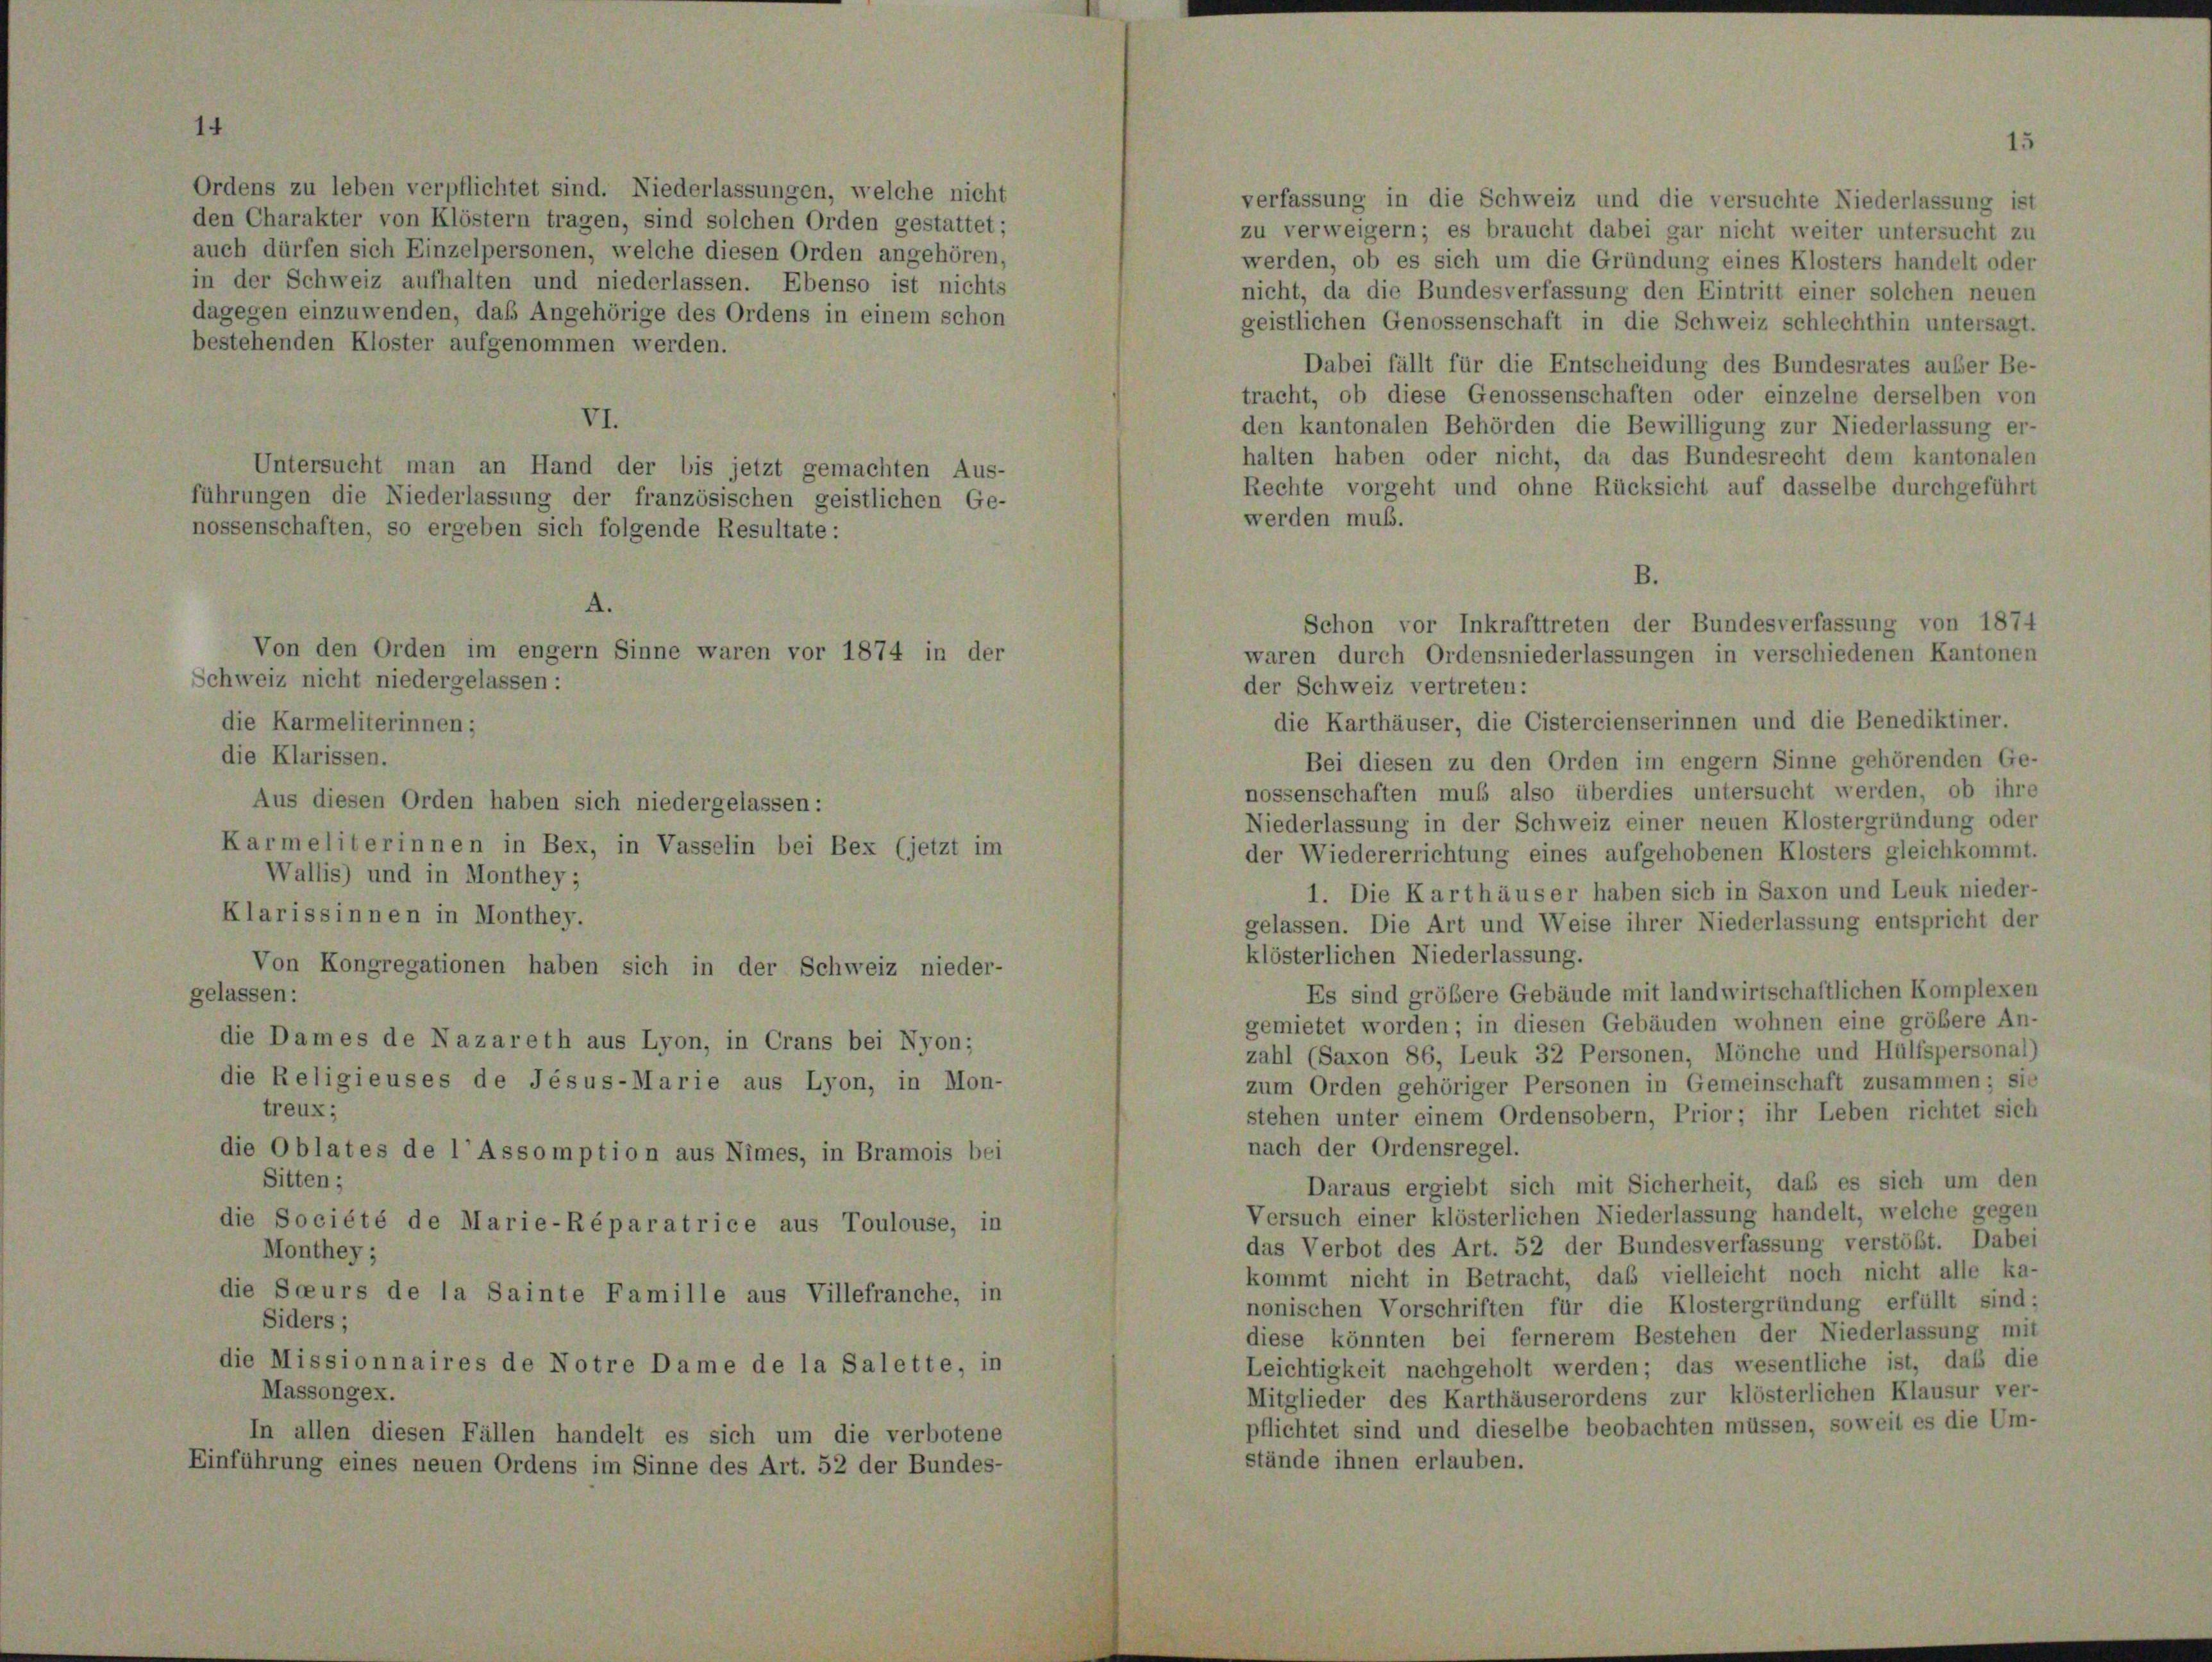
Schweiz nicht niedergelassen:

Ordens zu leben verpflichtet sind. Niederlassungen, welche nicht
verfassung in die Schweiz und die versuchte Niederlassung ist
den Charakter von Klöstern tragen, sind solchen Orden gestattet;
zu verweigern; es braucht dabei gar nicht weiter untersucht zu
auch dürfen sich Einzelpersonen, welche diesen Orden angehören,
werden, ob es sich um die Gründung eines Klosters handelt ode
in der Schweiz aufhalten und niederlassen. Ebenso ist nichts
nicht, da die Bundesverfassung den Eintritt einer solchen neuer
dagegen einzuwenden, daß Angehörige des Ordens in einem schon
geistlichen Genossenschaft in die Schweiz schlechthin untersagt
bestehenden Kloster aufgenommen werden.
Dabei fällt für die Entscheidung des Bundesrates außer Be
tracht, ob diese Genossenschaften oder einzelne derselben vor
VI.
den kantonalen Behörden die Bewilligung zur Niederlassung er
halten haben oder nicht, da das Bundesrecht dem kantonaler
Untersucht man an Hand der bis jetzt gemachten Aus-
Rechte vorgeht und ohne Rücksicht auf dasselbe durchgeführ
führungen die Niederlassung der französischen geistlichen Ge-
werden muß.
nossenschaften, so ergeben sich folgende Resultate:
der Schweiz vertreten:
die Karmeliterinnen;
die Karthäuser, die Cistercienserinnen und die Benediktiner.
die Klarissen.
Bei diesen zu den Orden im engem Sinne gehörenden Ge-
nossenschaften muß also überdies untersucht werden, ob ihr
Aus diesen Orden haben sich niedergelassen:
Niederlassung in der Schweiz einer neuen Klostergründung ode
Karmeliterinnen in Bex, in Vasselin bei Bex (jetzt im
der Wiedererrichtung eines aufgehobenen Klosters gleichkommt
Wallis) und in Monthey;
1. Die Karthäuser haben sich in Saxon und Leuk nieder
Klarissinnen in Monthey.
gelassen. Die Art und Weise ihrer Niederlassung entspricht de
klösterlichen Niederlassung.
Von Kongregationen haben sich in der Schweiz nieder-
Es sind größere Gebäude mit landwirtschaftlichen Komplexe
gelassen:
gemietet worden; in diesen Gebäuden wohnen eine größere An
die Dames de Nazareth aus Lyon, in Crans bei Nyon;
zahl (Saxon 86, Leuk 32 Personen, Mönche und Hülfspersonal
die Religieuses de Jesus-Marie aus Lyon, in Mon-
zum Orden gehöriger Personen in Gemeinschaft zusammen; si
treux;
stehen unter einem Ordensobern, Prior; ihr Leben richtet sich
nach der Ordensregel.
die Oblates de l’Assomption aus Nimes, in Bramois bei
Sitten;
Daraus ergiebt sich mit Sicherheit, daß es sich um der
Versuch einer klösterlichen Niederlassung handelt, welche gege
die Société de Marie-Réparatrice aus Toulouse, in
das Verbot des Art. 52 der Bundesverfassung verstößt. Dabe
Monthey;
kommt nicht in Betracht, das vielleicht noch nicht alle ka
die Soeurs de la Sainte Famille aus Villefranche, in
nonischen Vorschriften für die Klostergründung erfüllt sind
Siders;
diese könnten bei fernerem Bestehen der Niederlassung mit
die Missionnaires de Notre Dame de la Salette, in
Leichtigkeit nachgeholt werden; das wesentliche ist, daß di
Massongex.
Mitglieder des Karthäuserordens zur klösterlichen Klausur ver
pflichtet sind und dieselbe beobachten müssen, soweit es die Um
In allen diesen Fällen handelt es sich um die verbotene
stände ihnen erlauben.
Einführung eines neuen Ordens im Sinne des Art. 52 der Bundes-

A.
Von den Orden im engem Sinne waren vor 1874 in der

B.
Schon vor Inkrafttreten der Bundesverfassung von 187.
waren durch Ordensniederlassungen in verschiedenen Kantone